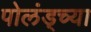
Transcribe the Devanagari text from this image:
पोलंड्च्या